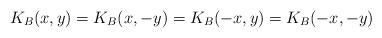
LaTeX: \begin{align*}K_B(x,y)=K_B(x,-y)=K_B(-x,y)=K_B(-x,-y)\end{align*}